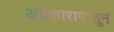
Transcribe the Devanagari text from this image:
अहंकारापासून